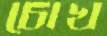
চোখ